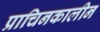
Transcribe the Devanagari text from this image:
प्राचिनकालीन